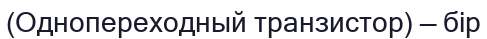
(Однопереходный транзистор) — бір